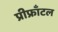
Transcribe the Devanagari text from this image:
प्रीफ्राँटल